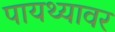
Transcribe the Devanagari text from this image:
पायथ्यावर